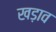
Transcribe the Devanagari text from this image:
खड़ाव